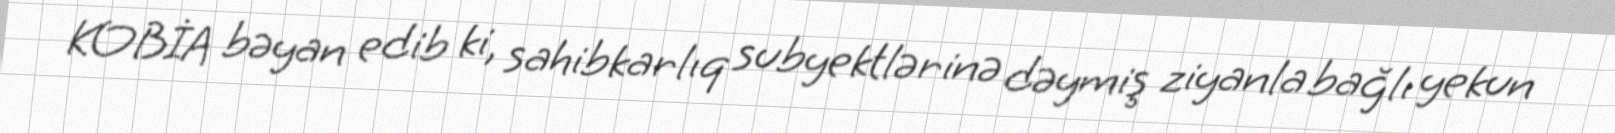
KOBİA bəyan edib ki, sahibkarlıq subyektlərinə dəymiş ziyanla bağlı yekun